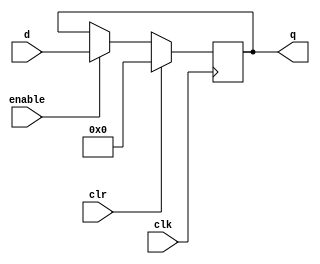
module reg_32_bit (
	input wire clk,
	input wire clr,
	input wire enable,
	input wire [31:0] d,
	output reg [31:0] q
);

	// Initialize output to 0
	initial q = 0;

	// Register behavior
	always @ (posedge clk) begin
		if (clr)
			q <= 0;
		else if (enable)
			q <= d;
	end

endmodule

module c_sign_extended_reg (
	input wire clk,
	input wire clr,
	input wire [31:0] d,
	output reg [31:0] q
);

	// Initialize output to 0
	initial q = 0;

	// Register behavior
	always @ (posedge clk) begin
		q <= d;
	end

endmodule

module pc_reg (
	input wire clk,				// clock signal
	input wire en,				// write/enable signal
	input wire pc_increment,	// increment the pc
	input wire [31:0] d,	// 32-bit input to register (BusMuxOut)
	output reg [31:0] q	// 32-bit output from register (BusMuxIn_PC)
);

	// Initialize output to 0
	initial q = 0;

	// Register behavior
	always @ (posedge clk) begin
		if (pc_increment)
			q <= q + 1;
		else if (en)
			q = d;
	end

endmodule

module r0_reg (
    input wire clk,
    input wire clr,
    input wire enable,
    input wire ba_out,
    input wire [31:0] d,
    output wire [31:0] q
);

    wire [31:0] internal_q;

    // Instantiate the 32-bit register
    reg_32_bit r0_internal_reg (
        .clk(clk),
        .clr(clr),
        .enable(enable),
        .d(d),
        .q(internal_q)
    );

    assign q = internal_q & {32{~ba_out}};

endmodule